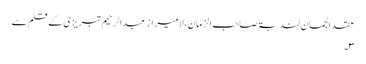
عقد الجمان لندبۃ صاحب الزمان ، لا میراز عبدالرحیم تبریزی کے قلم سے
۳۔